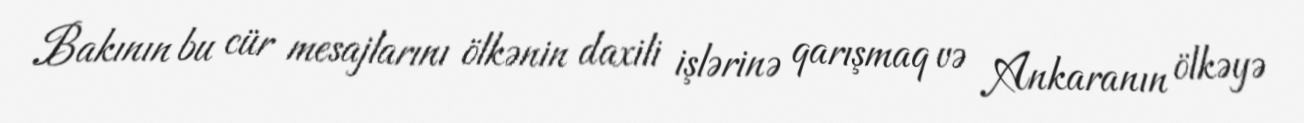
Bakının bu cür mesajlarını ölkənin daxili işlərinə qarışmaq və Ankaranın ölkəyə